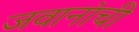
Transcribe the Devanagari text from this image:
जवानांची